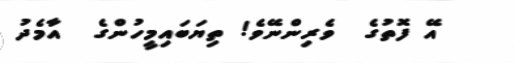
އޭ ފޮތުގެ  ވެރިންނޭވެ! ތިޔަބައިމީހުންގެ  އާމެދު